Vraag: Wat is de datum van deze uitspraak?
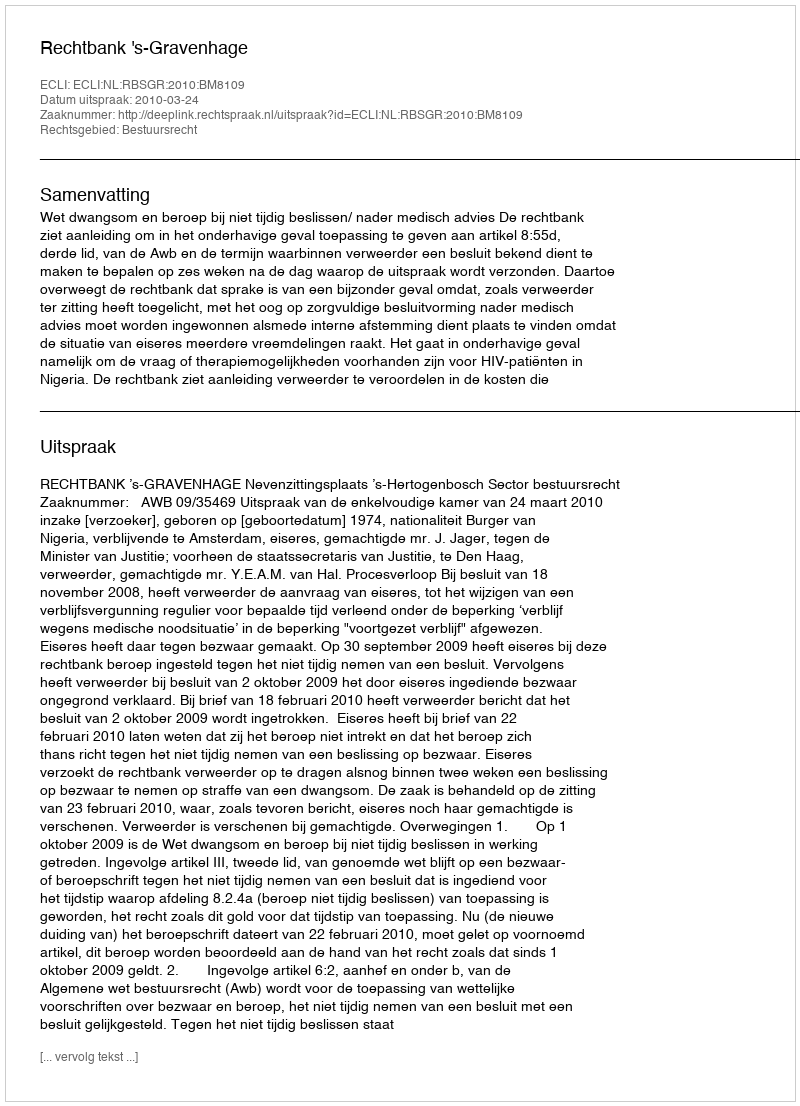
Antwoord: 2010-03-24